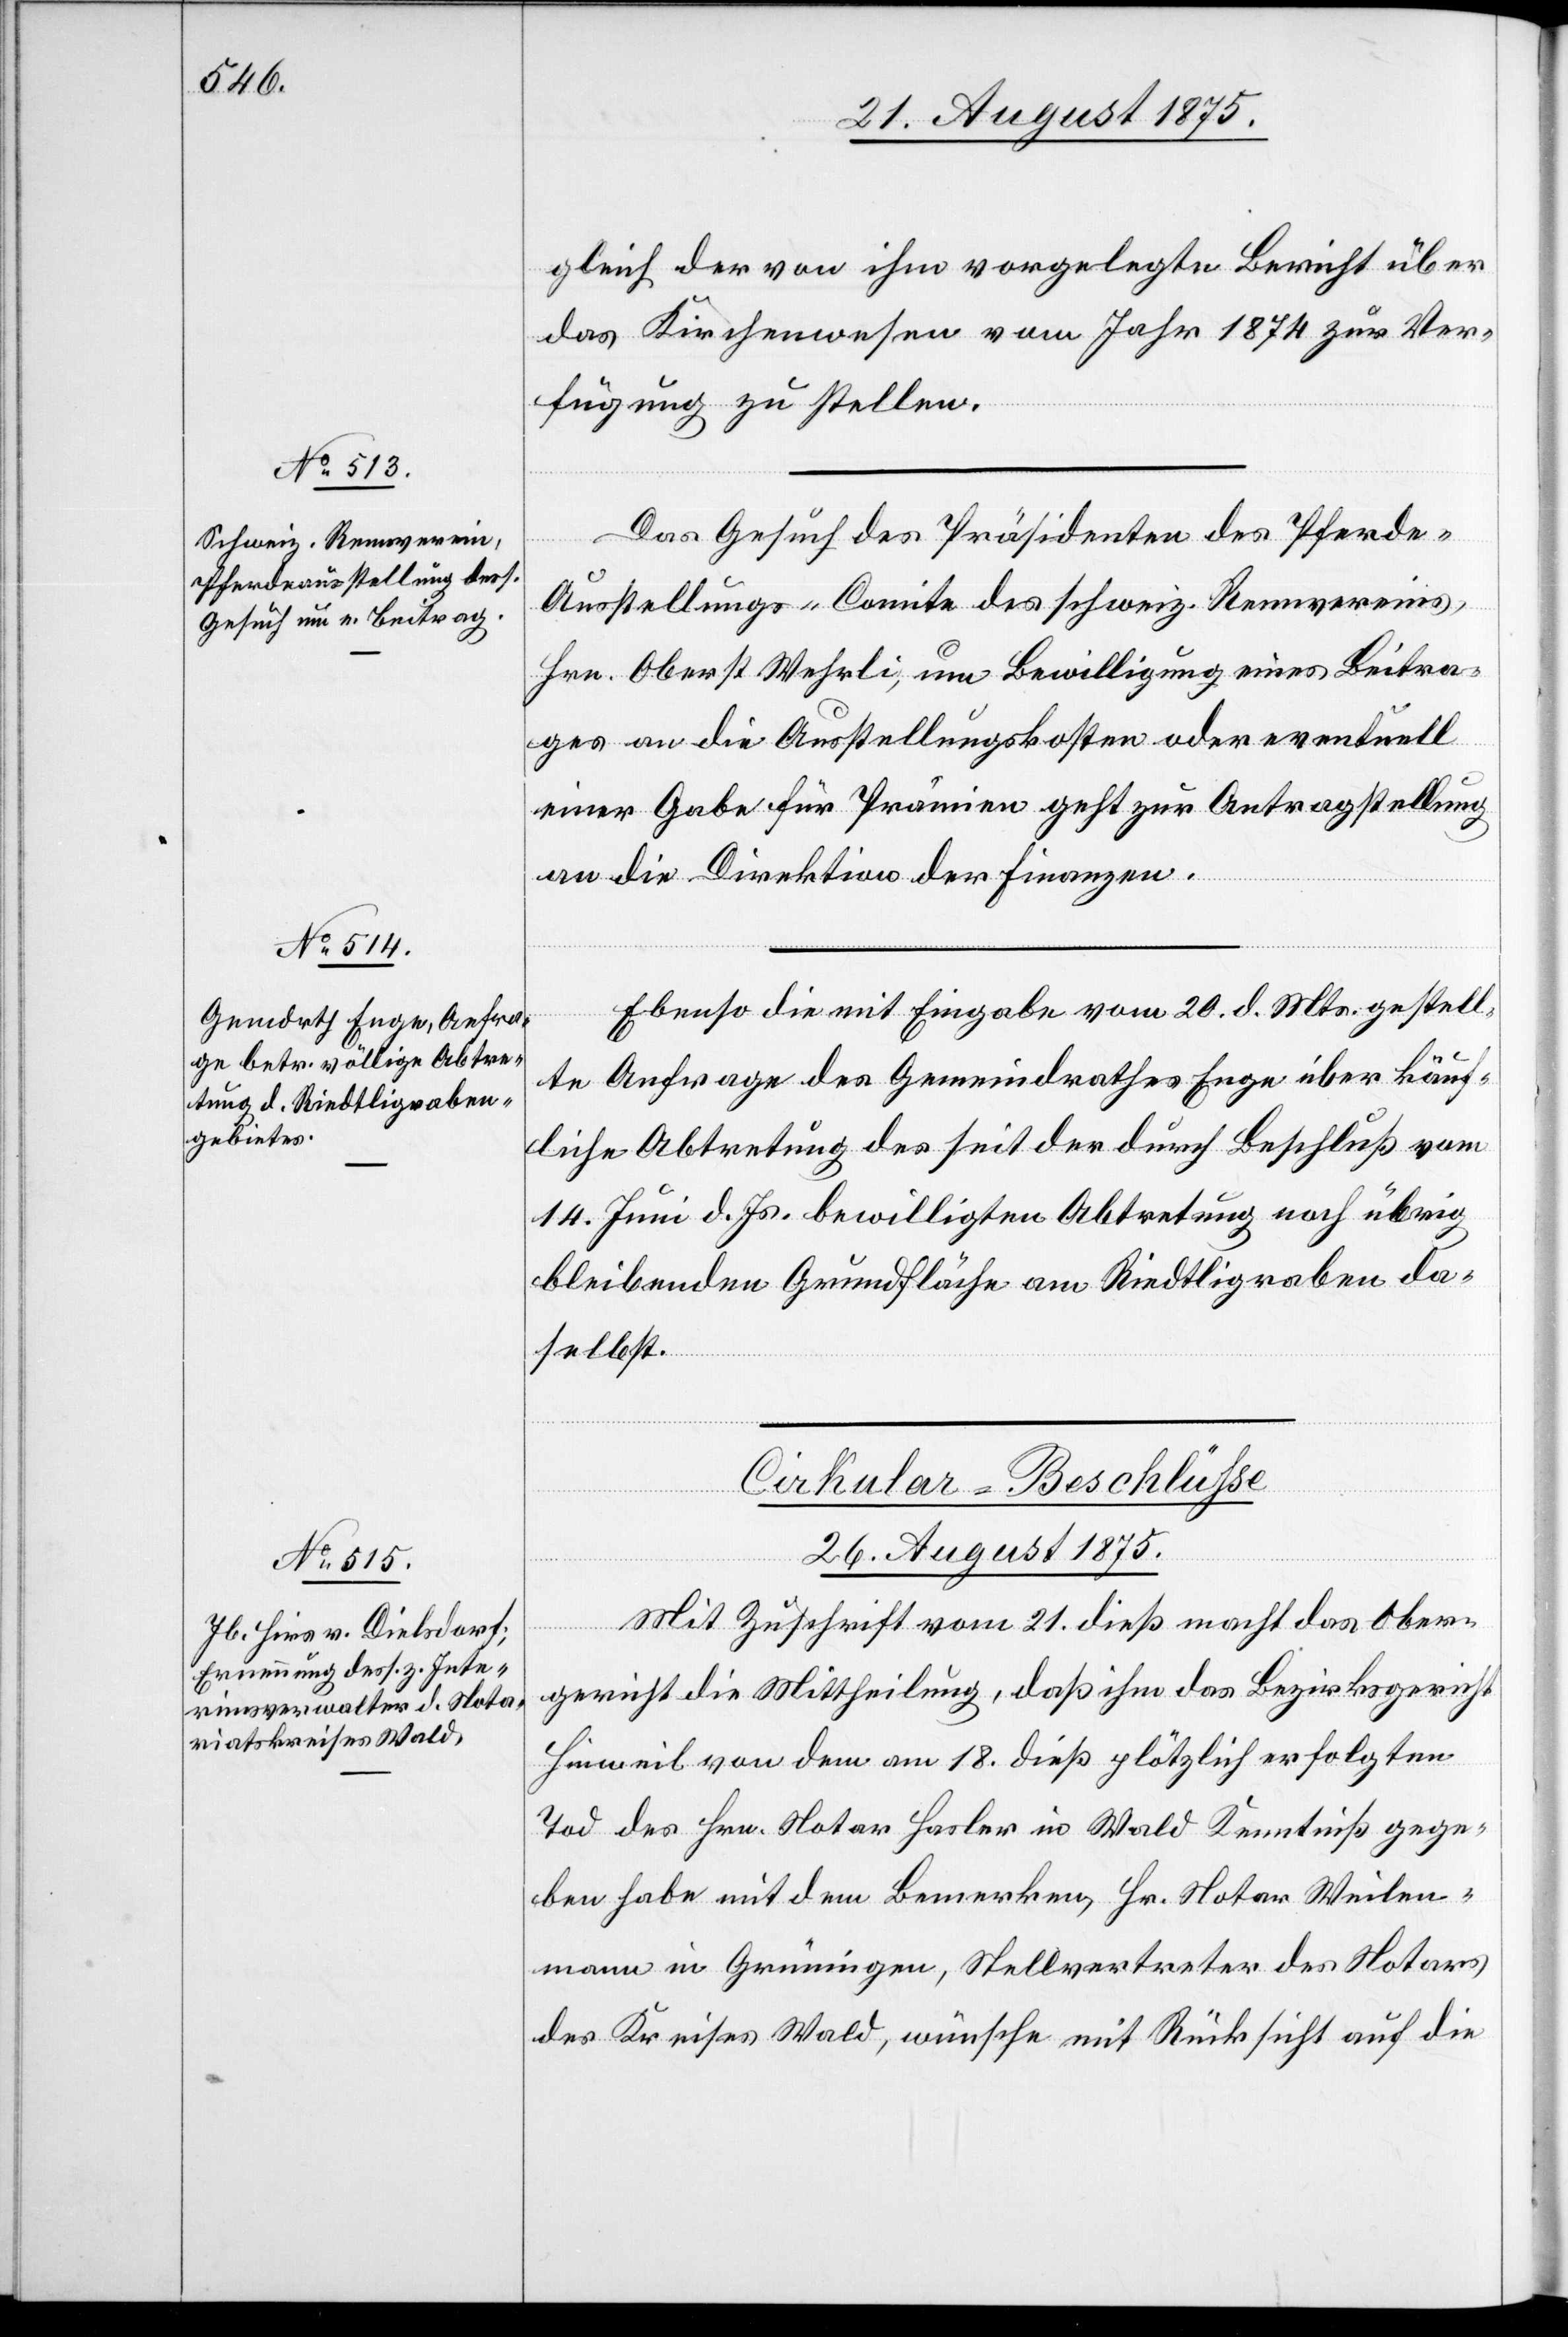
gleich der von ihm vorgelegte Bericht über
das Kirchenwesen vom Jahr 1874 zur Ver¬
fügung zu stellen.
Das Gesuch des Präsidenten des Pferde-A¬
etzung
usstellungs-Comite des schweiz. Rennvereins,
Hrn. Oberst Wehrli, um Bewilligung eines Beitra¬
ges an die Ausstellungskosten oder eventuell
einer Gabe für Prämien geht zur Antragstellung
an die Direktion der Finanzen.
[Forts¬
Ebenso die mit Eingabe vom 20. d. Mts. gestell¬
te Anfrage des Gemeindrathes Enge über käuf¬
liche Abtretung des seit der durch Beschluß vom
14. Juni d. Js. bewilligten Abtretung noch übrig
bleibenden Grundfläche am Riedtligraben da¬
selbst.
Cirkular-Beschlüße
26. August 1875.
Mit Zuschrift vom 12. dieß macht das Ober¬
gericht die Mittheilung, daß ihm das Bezirksgericht
Hinweil von dem am 18. dieß plötzlich erfolgten
Tod des Hrn. Notar Hasler in Wald Kenntniß gege¬
ben habe mit dem Bemerken, Hr. Notar Weilen¬
mann in Grüningen, Stellvertreter des Notars
des Kreises Wald, wünsche mit Rücksicht auf die